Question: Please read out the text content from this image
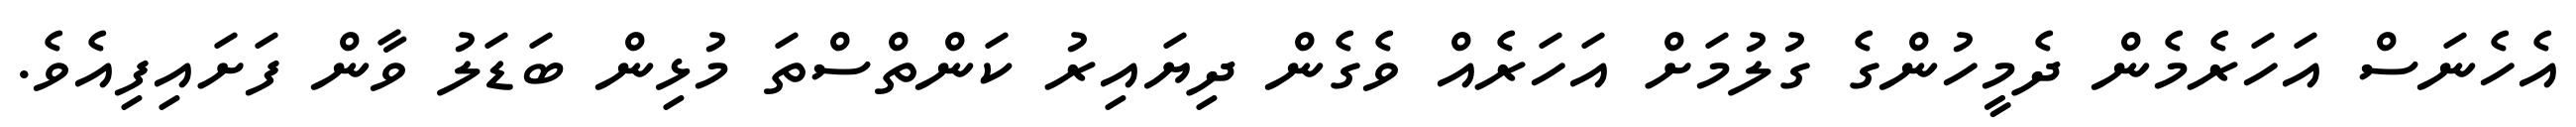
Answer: އެހެނަސް އަހަރެމެން ދެމީހުންގެ ގުލުމަށް އަހަރެއް ވެގެން ދިޔައިރު ކަންތްސްތަ މުޅިން ބަޑަލު ވާން ފަށައިފިއެވެ.